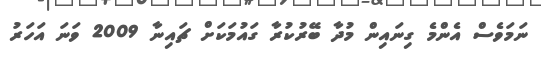
ނަމަވެސް އެންމެ ގިނައިން މުދާ ބޭރުކުރާ ގައުމަކަށް ޗައިނާ 2009 ވަނަ އަހަރު